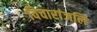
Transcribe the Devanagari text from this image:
विचारांजलि